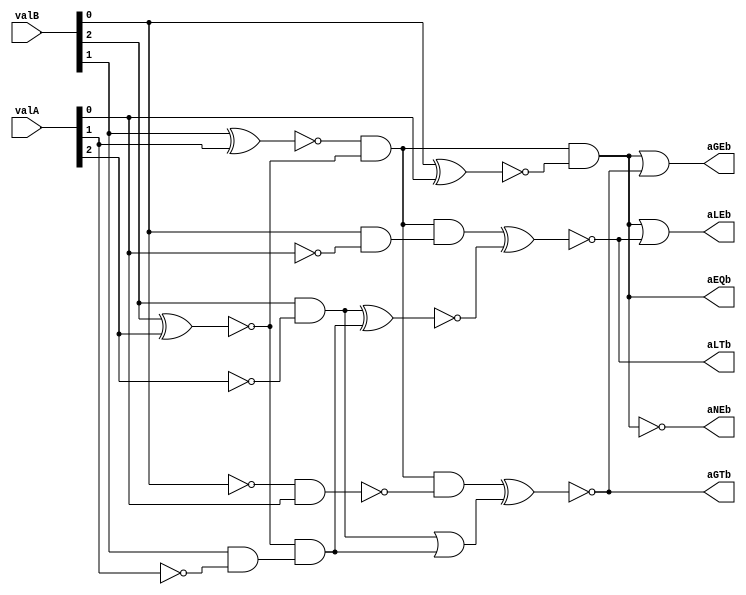
////////////////////////////////////////////////////////////////////////////////////////////////////
// Version:     1
// Description: This file contains a structural model for the Part 2 of Project1A.
//              It uses primitive logic gates.
////////////////////////////////////////////////////////////////////////////////////////////////////

module comparator(valA, valB, aGTb, aGEb, aLTb, aLEb, aEQb, aNEb);
   input  [2:0] valA, valB;
   output       aGTb, aGEb, aLTb, aLEb, aEQb, aNEb;                   // Inpus denoting different comparisons between the two numbers
   wire 	valA0_n, valA1_n, valA2_n, valB0_n, valB1_n, valB2_n; 	// Wires for inverted inputs of A and B
   wire		c1r1, c1r2, c1r3, c1r4, c1r5, c1r6, c1r7;
   wire		c2r1, c2r2; 
   wire 	c1r7n;
   wire		c3r1, c3r2, c3r3, c3r4, c3r5;


   //wire 	valA0_n, valA1_n, valA2_n, valB0_n, valB1_n, valB2_n; 	// Decoder inputs: C is the MSB; A is the LSB.
   //wire 	c1row1, c1row2,  c1row3, c1row4, c1row5, c1row6;
   //wire 	c1row1a, c1row2a, c1row3a;
   //wire 	c2row1, c2row2, c2row3, c2row4, c2row5, c2row6;
   //wire 	equals, greater, less;


   not not1(valA0_n, valA[0]), not2(valA1_n, valA[1]), not3(valA2_n, valA[2]), not4(valB0_n, valB[0]), not5(valB1_n, valB[1]), not6(valB2_n, valB[2]);

   xnor xnor1(c1r1, valB[1], valA[1]), xnor2(c1r2, valB[2], valA[2]), xnor3(c1r6, valB[0], valA[0]);
   
   and and1(c1r3, valB[0], valA0_n), and2(c1r4, valB[2], valA2_n), and3(c1r5, valB[1], valA1_n), and4(c1r7, valB0_n, valA[0]);

   not not7(c1r7n, c1r7);

   and and5(c2r1, c1r1, c1r2), and6(c2r2, c1r2, c1r5);

   and and7(c3r1, c2r1, c1r3), and8(aEQb, c2r1, c1r6), and9(c3r4, c2r1, c1r7n);

   xnor xnor4(c3r2, c1r4, c2r2);

   or or1(c3r5, c1r4, c2r2);

   xnor xnor5(aGTb, c3r4, c3r5), xnor6(aLTb, c3r1, c3r2);

   not not8(aNEb, aEQb);

   or or3(aGEb, aEQb, aGTb), or4(aLEb, aEQb, aLTb);


   //not not1(valA0_n, valA[0]), not2(valA1_n, valA[1]), not3(valA2_n, valA[2]), not4(valB0_n, valB[0]), not5(valB1_n, valB[1]), not6(valB2_n, valB[2]);

   //xor xor1(c1row1a, valA[0], valB[0]), xor2(c1row2a, valA[1], valB[1]), xor3(c1row3a, valA[2], valB[2]);

   //and and1(c1row1, valA[2], valB2_n), and2(c1row2, valA[1], valB1_n), and3(c1row3, valA[0], valB0_n), 
	//and4(c1row4, valA2_n, valB[2]), and5(c1row5, valA1_n, valB[1]), and6(c1row6, valA0_n, valB[0]);

   //and and7(aEQb, c1row1a, c1row2a, c1row3a);

   //and and8(c2row1, c1row2a, c1row1), and9(c2row3, c1row1a, c1row3), and10(c2row5, c1row1a, c1row5), and11(c2row6, c1row2a, c1row6);

   //or or1(aGTb, c2row1, c1row2, c2row3), or2(aLTb, c1row4, c2row5, c2row6);

   //not not7(aNEb, aEQb);

   //or or3(aGEb, aEQb, aGTb), or4(aLEb, aEQb, aLTb);

endmodule